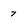
Character: 7